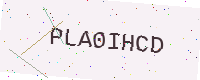
Text: PLA0IHCD